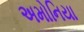
અમોનિયા